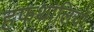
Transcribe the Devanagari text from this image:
हफथालियों